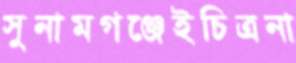
সুনামগঞ্জেইচিত্রনা